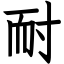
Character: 耐